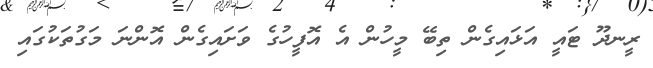
ރީނދޫ ޓައީ އަޅައިގެން ތިބޭ މީހުން އެ އޮފީހުގެ ވަށައިގެން އޮންނަ މަގުތަކުގައި